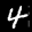
Label: 4